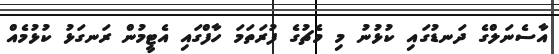
އާސެނަލްގެ ދަނޑުގައި ކުޅުނު މި މެޗުގެ ފުރަތަމަ ހާފްގައި އެޓީމުން ރަނގަޅު ކުޅުމެއް